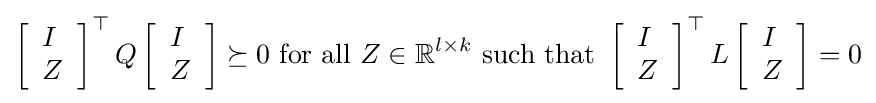
\left[{\begin{array}{l}I\\Z\end{array}}\right]^{\top }Q\left[{\begin{array}{l}I\\Z\end{array}}\right]\succeq 0{\text{ for all }}Z\in \mathbb {R} ^{l\times k}{\text{ such that }}\left[{\begin{array}{l}I\\Z\end{array}}\right]^{\top }L\left[{\begin{array}{l}I\\Z\end{array}}\right]=0